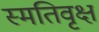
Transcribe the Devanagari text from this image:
स्मतिवृक्ष